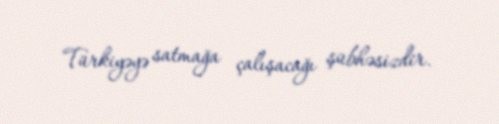
Türkiyəyə satmağa çalışacağı şübhəsizdir.